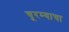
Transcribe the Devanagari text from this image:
चूरम्याचा